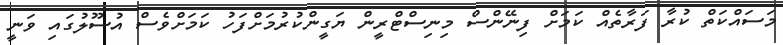
މަސައްކަތް ކުރާ ފަރާތެއް ކަަމަށް ފިނޭންސް މިނިސްޓްރީން ޔަގީންކުރުމަށްފަހު ކަމަށްވެސް އުސޫލުގައި ވަނީ